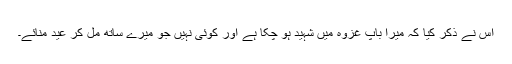
اس نے ذکر کیا کہ میرا باپ غزوہ میں شہید ہو چکا ہے اور کوئی نہیں جو میرے ساتھ مل کر عید منائے۔